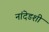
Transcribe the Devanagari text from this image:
नांदेडशी